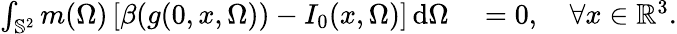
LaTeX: \begin{array}{rl}{\int_{\mathbb S^{2}}m(\Omega)\left[\beta(g(0,x,\Omega))-I_{0}(x,\Omega)\right]\, \mathrm{d}\Omega}&{{}=0,\quad\forall x\in\mathbb{R}^{3}.}\end{array}